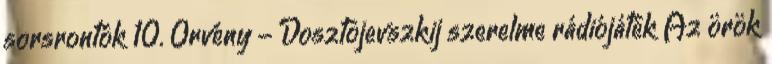
sorsrontók 10. Örvény - Dosztojevszkij szerelme rádiójáték Az örök